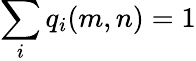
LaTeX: \sum_{i}q_{i}(m,n)=1